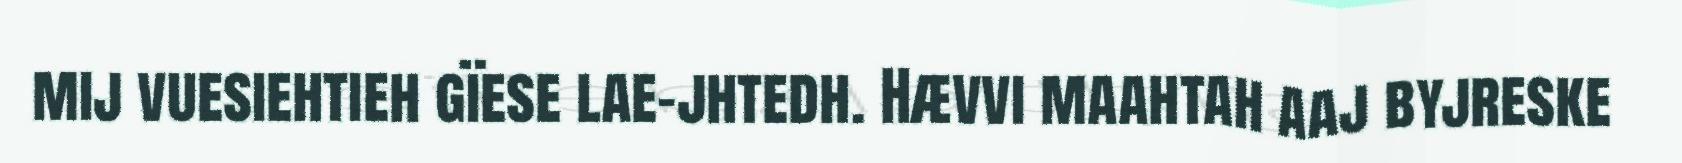
mij vuesiehtieh gïese lae-jhtedh. Hævvi maahtah aaj byjreske